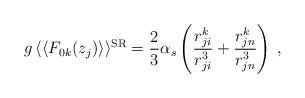
LaTeX: \begin{align*}g \, \langle\langle F_{0k}(z_j) \rangle\rangle^{{\rm SR}} = \frac{2}{3}\alpha_s \left( \frac{r_{ji}^k}{r_{ji}^3} +\frac{r_{jn}^k}{r_{jn}^3} \right) \> ,\end{align*}